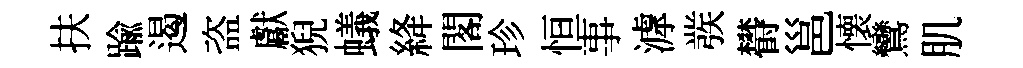
扶踰遏盗獻猊蟻絳閣珍恒事滹彂欎邕懐鸞肌